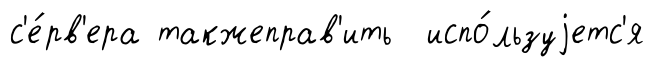
с'е́рв'ера такжеправ'ить испо́льзуjетс'я